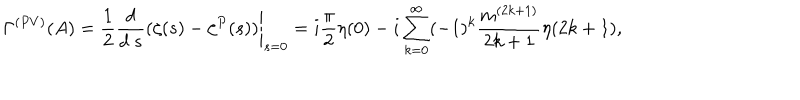
\Gamma ^ { ( P V ) } ( A ) = \frac { 1 } { 2 } \left. \frac { d } { d ~ s } ( \zeta ( s ) - \zeta ^ { P } ( s ) ) \right| _ { s = 0 } = i \frac { \pi } { 2 } \eta ( 0 ) - i \sum _ { k = 0 } ^ { \infty } ( - 1 ) ^ { k } \frac { m ^ { ( 2 k + 1 ) } } { 2 k + 1 } \eta ( 2 k + 1 ) ,